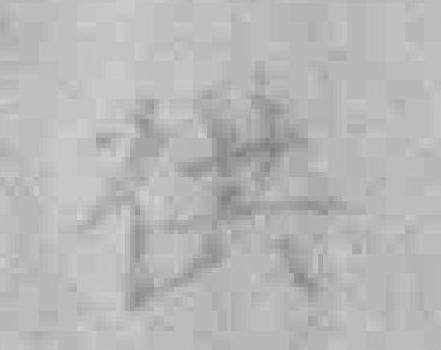
供